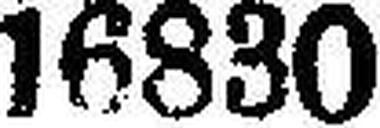
16830